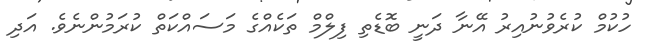
ހުކުމް ކުރެވުނުއިރު އޭނާ ދަނީ ބޮޑެތި ފިލްމް ތަކެއްގެ މަސައްކަތް ކުރަމުންނެވެ. އަދި